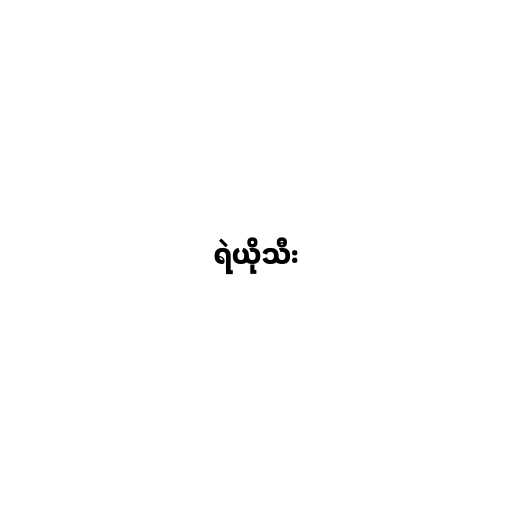
ရဲယိုသီး